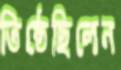
তিষ্ঠেছিলেন